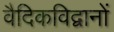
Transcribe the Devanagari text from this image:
वैदिकविद्वानों